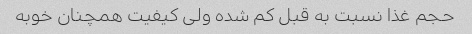
حجم غذا نسبت به قبل کم شده ولی کیفیت همچنان خوبه